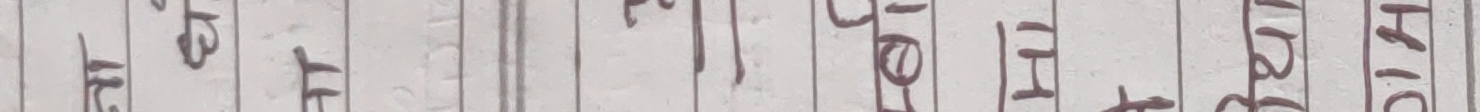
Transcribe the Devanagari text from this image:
४३२१५०९८७६